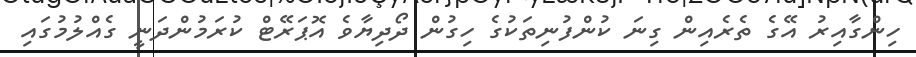
ހިންގާއިރު އޭގެ ތެރެއިން ގިނަ ކުންފުނިތަކުގެ ހިގުން ދޯދިޔާވެ އޮޕަރޭޓް ކުރަމުންދަނީ ގެއްލުމުގައި